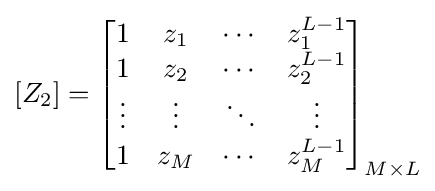
[Z_{2}]={\begin{bmatrix}1&z_{1}&\cdots &z_{1}^{L-1}\\1&z_{2}&\cdots &z_{2}^{L-1}\\\vdots &\vdots &\ddots &\vdots \\1&z_{M}&\cdots &z_{M}^{L-1}\end{bmatrix}}_{M\times L}